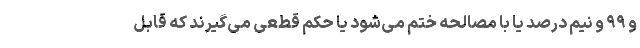
و ۹۹ و نیم درصد یا با مصالحه ختم می‌شود یا حکم قطعی می‌گیرند که قابل